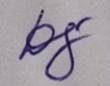
Signature authenticity: genuine